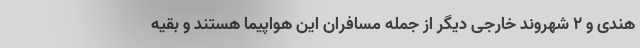
هندی و ۲ شهروند خارجی دیگر از جمله مسافران این هواپیما هستند و بقیه